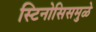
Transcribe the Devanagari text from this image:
स्टिनोसिसमुळे